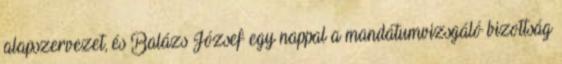
alapszervezet, és Balázs József egy nappal a mandátumvizsgáló bizottság